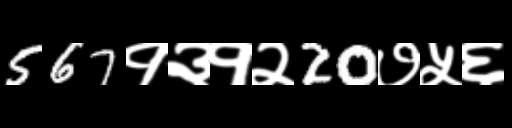
Text: 567१३१२20७५६